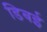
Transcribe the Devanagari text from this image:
डिबई